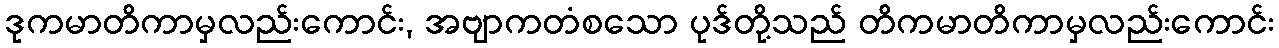
ဒုကမာတိကာမှလည်းကောင်း, အဗျာကတံစသော ပုဒ်တို့သည် တိကမာတိကာမှလည်းကောင်း